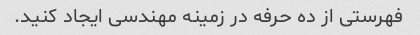
فهرستی از ده حرفه در زمینه مهندسی ایجاد کنید.